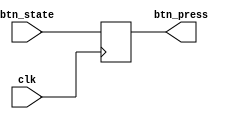
`timescale 1ns / 1ps
//////////////////////////////////////////////////////////////////////////////////
// Company: 
// Engineer: 
// 
// Design Name: 
// Module Name: dflipflop
// Project Name: 
// Target Devices: 
// Tool Versions: 
// Description: 
// 
// Dependencies: 
// 
// Revision:
// Revision 0.01 - File Created
// Additional Comments:
// 
//////////////////////////////////////////////////////////////////////////////////


module dflipflop(
    input clk,
    input btn_state,
    output reg btn_press
    );
    
    initial begin
        btn_press = 0;
    end
    
    always @ (posedge clk) begin
        btn_press <= btn_state;
    end
    
endmodule